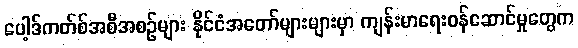
ပေါ့ဒ်ကတ်စ်အစီအစဉ်များ နိုင်ငံအတော်များများမှာ ကျန်းမာရေးဝန်ဆောင်မှုတွေက